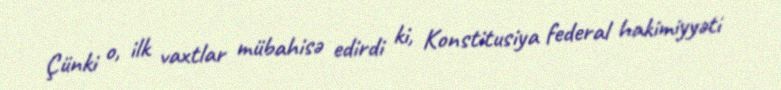
Çünki o, ilk vaxtlar mübahisə edirdi ki, Konstitusiya federal hakimiyyəti